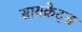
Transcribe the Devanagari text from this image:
सायक्रेट्स